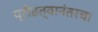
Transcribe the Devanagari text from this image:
प्रौढत्वानंतरचा